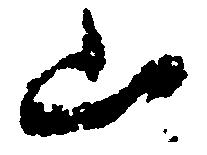
山